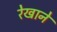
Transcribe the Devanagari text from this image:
रेखाने